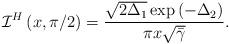
LaTeX: \begin{align*}\mathcal{I}^H\left(x,\pi/2\right)&=\frac{\sqrt{2\Delta_1}\exp\left(-\Delta_2\right)}{\pi x\sqrt{\bar{\gamma}}}.\end{align*}